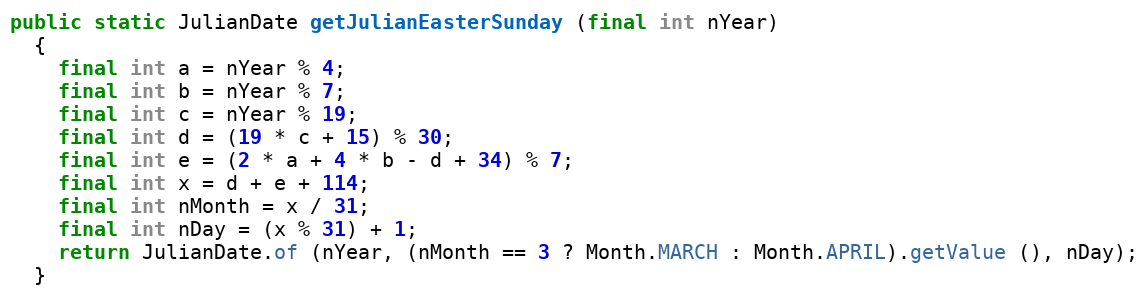
Language: Java
public static JulianDate getJulianEasterSunday (final int nYear)
  {
    final int a = nYear % 4;
    final int b = nYear % 7;
    final int c = nYear % 19;
    final int d = (19 * c + 15) % 30;
    final int e = (2 * a + 4 * b - d + 34) % 7;
    final int x = d + e + 114;
    final int nMonth = x / 31;
    final int nDay = (x % 31) + 1;
    return JulianDate.of (nYear, (nMonth == 3 ? Month.MARCH : Month.APRIL).getValue (), nDay);
  }